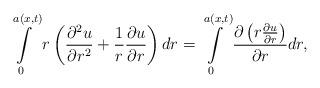
LaTeX: \begin{align*}\intop_{0}^{a\left(x,t\right)}r\left(\frac{\partial^{2}u}{\partial r^{2}}+\frac{1}{r}\frac{\partial u}{\partial r}\right)dr=\intop_{0}^{a\left(x,t\right)}\frac{\partial\left(r\frac{\partial u}{\partial r}\right)}{\partial r}dr,\end{align*}